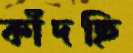
কাঁদছি